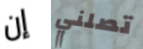
إن تصلني